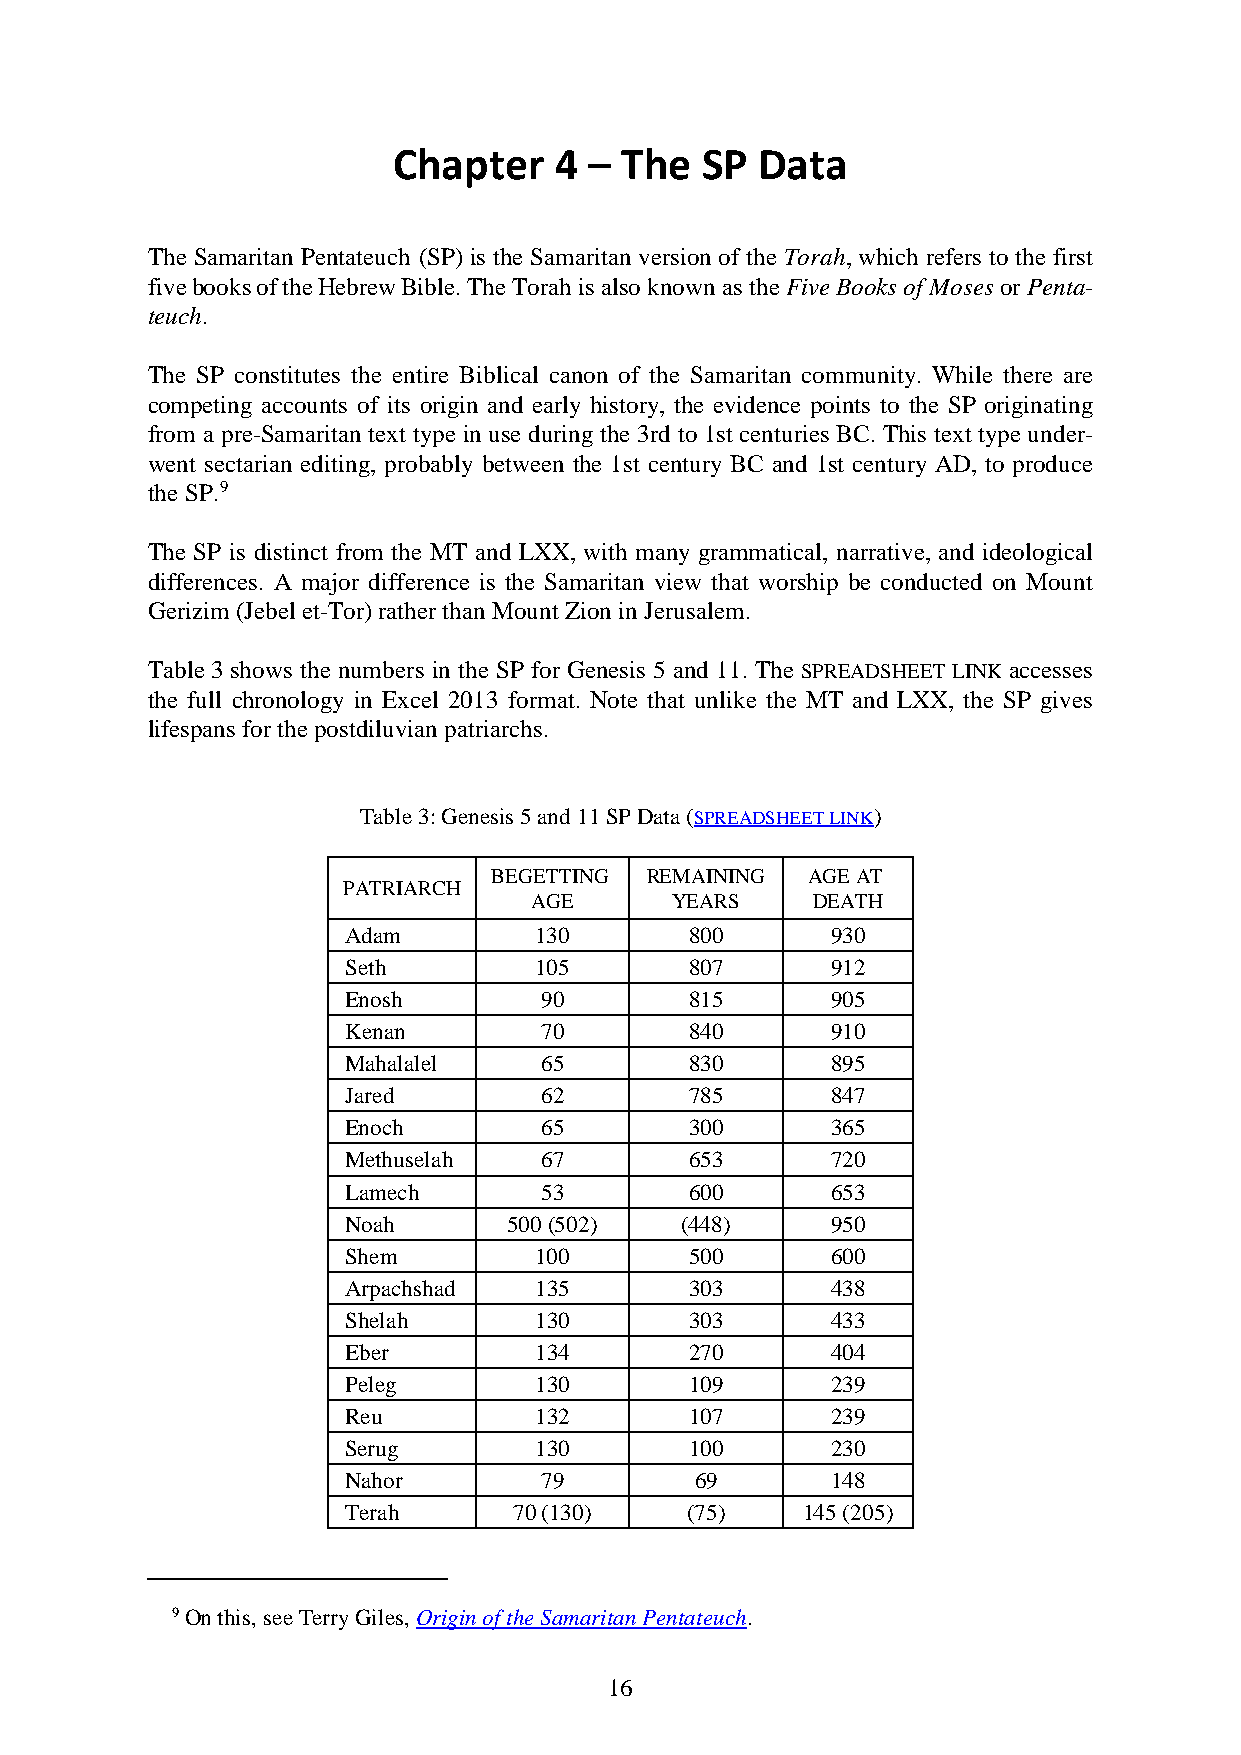
Chapter    4 – The  SP  Data
 The Samaritan Pentateuch (SP) is the Samaritan version of the Torah, which refers to the first
 five books of the Hebrew Bible. The Torah is also known as the Five Books of Moses or Penta-
 teuch.
 The SP constitutes the entire Biblical canon of the Samaritan community. While there are
 competing accounts of its origin and early history, the evidence points to the SP originating
 from a pre-Samaritan text type in use during the 3rd to 1st centuries BC. This text type under-
 went sectarian editing, probably between the 1st century BC and 1st century AD, to produce
 the SP.9
 The SP is distinct from the MT and LXX, with many grammatical, narrative, and ideological
 differences. A major difference is the Samaritan view that worship be conducted on Mount
 Gerizim (Jebel et-Tor) rather than Mount Zion in Jerusalem.
 Table 3 shows the numbers in the SP for Genesis 5 and 11. The SPREADSHEET LINK accesses
 the full chronology in Excel 2013 format. Note that unlike the MT and LXX, the SP gives
 lifespans for the postdiluvian patriarchs.
 Table 3: Genesis 5 and 11 SP Data (SPREADSHEET LINK)
 BEGETTING  REMAINING AGE AT
 PATRIARCH
 AGE      YEARS     DEATH
 Adam        130        800      930
 Seth        105        807      912
 Enosh        90        815      905
 Kenan        70        840      910
 Mahalalel    65        830      895
 Jared        62        785      847
 Enoch        65        300      365
 Methuselah   67        653      720
 Lamech       53        600      653
 Noah       500 (502)  (448)     950
 Shem        100        500      600
 Arpachshad  135        303      438
 Shelah      130        303      433
 Eber        134        270      404
 Peleg       130        109      239
 Reu         132        107      239
 Serug       130        100      230
 Nahor        79        69       148
 Terah      70 (130)   (75)    145 (205)
 9 On this, see Terry Giles, Origin of the Samaritan Pentateuch.
 16